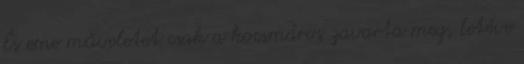
És eme műveletet csak a kocsmáros zavarta meg, letéve